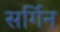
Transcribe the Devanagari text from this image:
सर्गिन